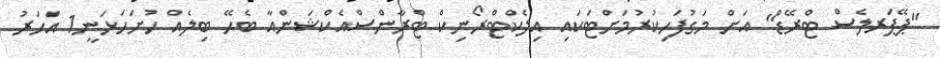
"ޕޭޕަރލެސް ޓްރޭޑް" އަށް މަގުފަހިކުރުމަށްޓަކައި އިލެކްޓްރޯނިކް ޓްރާންސްއެކްޝަންއާ ބެހޭ ބިލެއް ހުށަހަޅަނީ1 އަހަރު